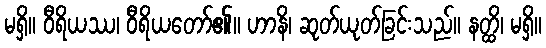
မရှိ။ ဝီရိယဿ၊ ဝီရိယတော်၏။ ဟာနိ၊ ဆုတ်ယုတ်ခြင်းသည်။ နတ္ထိ၊ မရှိ။